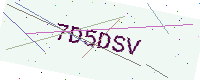
Text: 7D5DSV